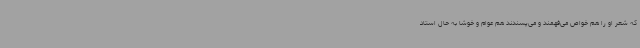
که شعر او را هم خواص می‌فهمند و می‌پسندند هم عوام و خوشا به حال استاد